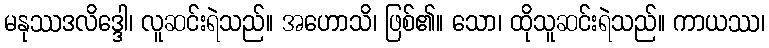
မနုဿဒလိဒ္ဒေါ၊ လူဆင်းရဲသည်။ အဟောသိ၊ ဖြစ်၏။ သော၊ ထိုသူဆင်းရဲသည်။ ကာယဿ၊